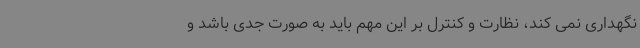
نگهداری نمی کند، نظارت و کنترل بر این مهم باید به صورت جدی باشد و